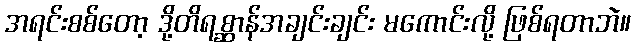
အရင်းစစ်တော့ ဒို့တိရစ္ဆာန်အချင်းချင်း မကောင်းလို့ ဖြစ်ရတာဘဲ။